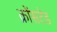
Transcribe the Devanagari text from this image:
क्रोंसटेड